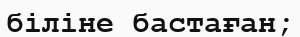
біліне бастаған;